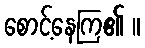
စောင့်နေကြ၏ ။